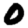
Digit: 0